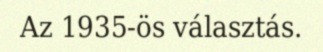
Az 1935-ös választás.